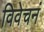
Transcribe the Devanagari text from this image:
विवेचनं